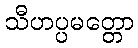
သီဟပ္ပမတ္တော